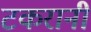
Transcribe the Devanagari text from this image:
टकरानी